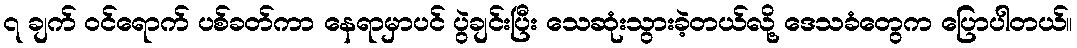
၇ ချက် ဝင်ရောက် ပစ်ခတ်ကာ နေရာမှာပင် ပွဲချင်းပြီး သေဆုံးသွားခဲ့တယ်လို့ ဒေသခံတွေက ပြောပါတယ်။